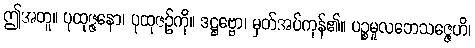
ဤအတူ။ ပုထုဇ္ဇနော၊ ပုထုဇဉ်ကို။ ဒဋ္ဌဗ္ဗော၊ မှတ်အပ်ကုန်၏။ ပဉ္စမူလဘေသဇ္ဇေဟိ၊